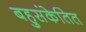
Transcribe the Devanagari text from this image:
बहुसंकेतित